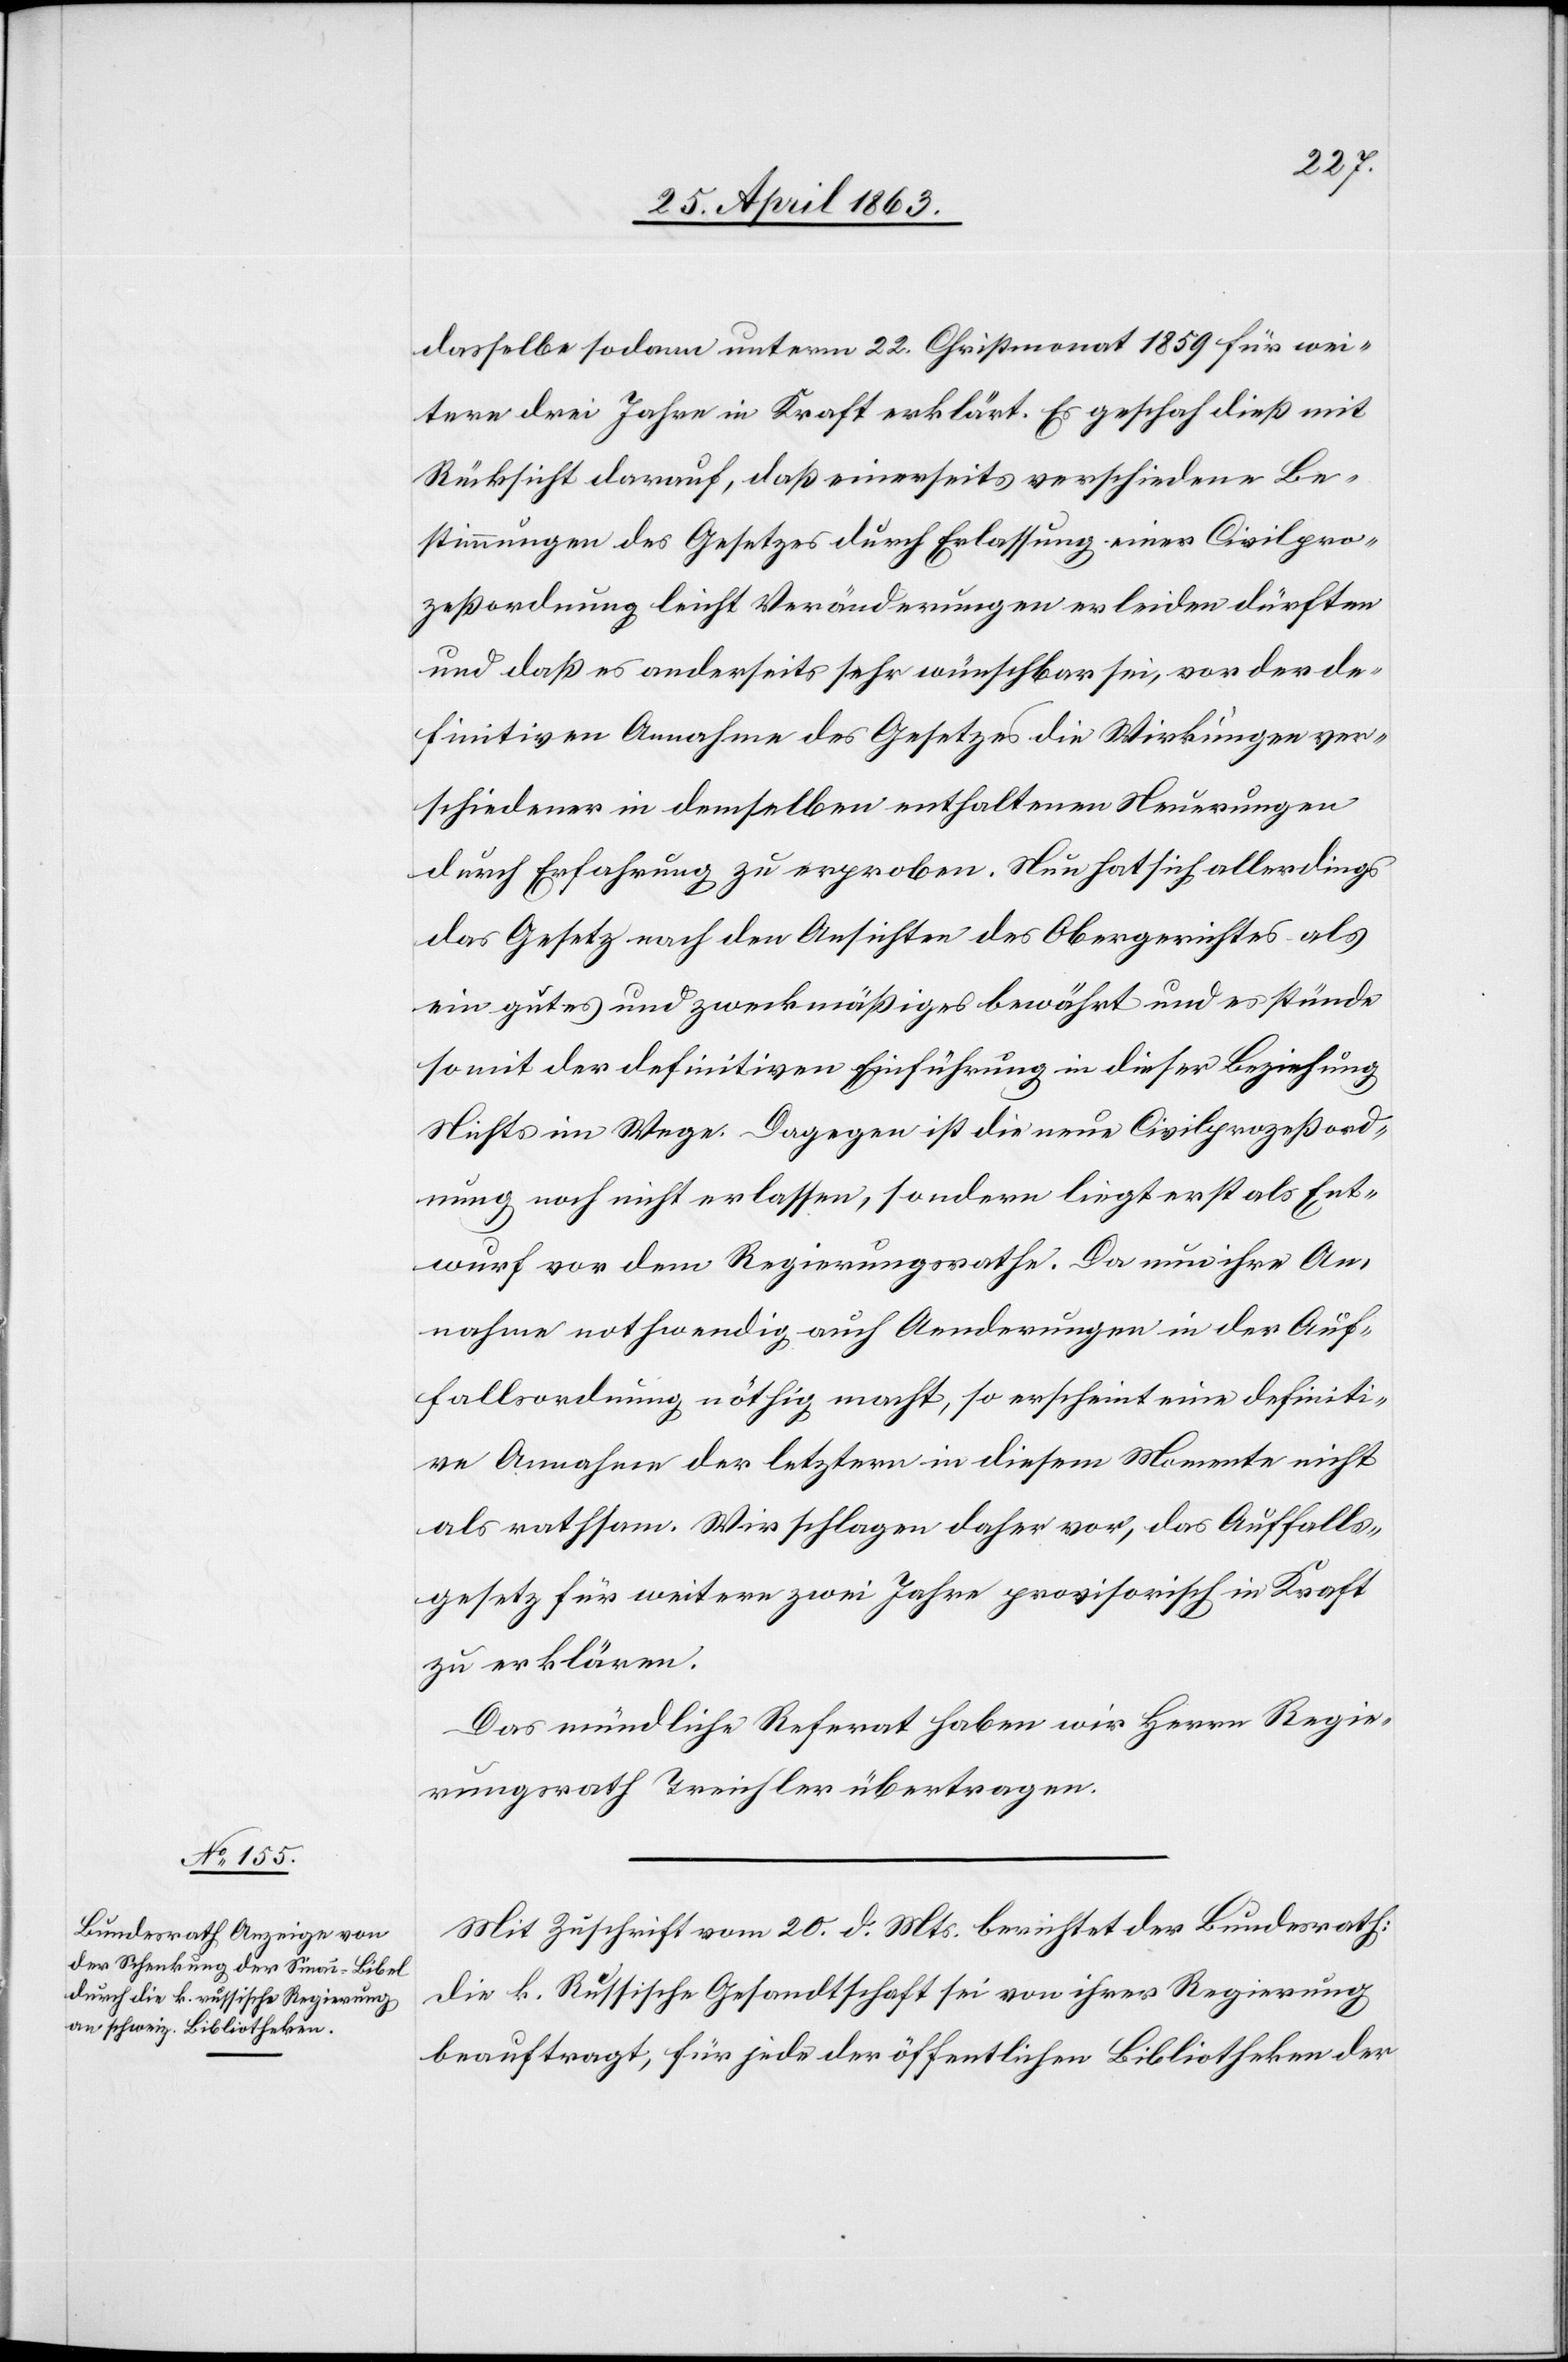
dasselbe sodann unterm 22. Christmonat 1859 für wei¬
tere drei Jahre in Kraft erklärt. Es geschah dieß mit
Rücksicht darauf, daß einerseits verschiedene Be¬
stimmungen des Gesetzes durch Erlassung einer Civilpro¬
zeßordnung leicht Veränderungen erleiden dürften
und daß es anderseits sehr wünschbar sei, vor der de¬
finitiven Annahme des Gesetzes die Wirkungen ver¬
schiedener in demselben enthaltenen Neuerungen
durch Erfahrung zu erproben. Nun hat sich allerdings
das Gesetz nach den Ansichten des Obergerichtes als
ein gutes und zweckmäßiges bewährt und es stünde
so mit der definitiven Einführung in dieser Beziehung
Nichts im Wege. Dagegen ist die neue Civilprozeßord¬
nung noch nicht erlassen, sondern liegt erst als Ent¬
wurf vor dem Regierungsrathe. Da nun ihre An¬
nahme nothwendig auch Aenderungen in der Auf¬
fallsordnung nöthig macht, so erscheint eine definiti¬
ve Annahme der letztern in diesem Momente nicht
als rathsam. Wir schlagen daher vor, das Auffalls¬
gesetz für weitere zwei Jahre provisorisch in Kraft
zu erklären.
Das mündliche Referat haben wird Herrn Regie¬
rungsrath Treichler übertragen.
Mit Zuschrift vom 20. d. Mts. berichtet der Bundesrath:
Die k. Russische Gesandtschaft sei von ihrer Regierung
beauftragt, für jede der öffentlichen Bibliotheken der